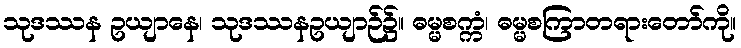
သုဒဿန ဥယျာနေ၊ သုဒဿနဥယျာဉ်၌။ ဓမ္မစက္ကံ၊ ဓမ္မစကြာတရားတော်ကို။